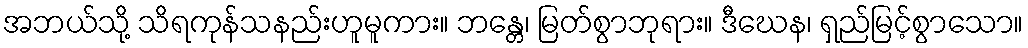
အဘယ်သို့ သိရကုန်သနည်းဟူမူကား။ ဘန္တေ၊ မြတ်စွာဘုရား။ ဒီဃေန၊ ရှည်မြင့်စွာသော။